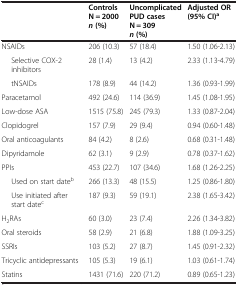
<table><thead><tr><td></td><td><b>Controls N = 2000<i>n</i>(%)</b></td><td><b>Uncomplicated PUD cases N = 309<i>n</i>(%)</b></td><td><b>Adjusted OR (95% CI)<sup>a</sup></b></td></tr></thead><tbody><tr><td>NSAIDs</td><td>206 (10.3)</td><td>57 (18.4)</td><td>1.50 (1.06-2.13)</td></tr><tr><td>Selective COX-2 inhibitors</td><td>28 (1.4)</td><td>13 (4.2)</td><td>2.33 (1.13-4.79)</td></tr><tr><td>tNSAIDs</td><td>178 (8.9)</td><td>44 (14.2)</td><td>1.36 (0.93-1.99)</td></tr><tr><td>Paracetamol</td><td>492 (24.6)</td><td>114 (36.9)</td><td>1.45 (1.08-1.95)</td></tr><tr><td>Low-dose ASA</td><td>1515 (75.8)</td><td>245 (79.3)</td><td>1.33 (0.87-2.04)</td></tr><tr><td>Clopidogrel</td><td>157 (7.9)</td><td>29 (9.4)</td><td>0.94 (0.60-1.48)</td></tr><tr><td>Oral anticoagulants</td><td>84 (4.2)</td><td>8 (2.6)</td><td>0.68 (0.31-1.48)</td></tr><tr><td>Dipyridamole</td><td>62 (3.1)</td><td>9 (2.9)</td><td>0.78 (0.37-1.62)</td></tr><tr><td>PPIs</td><td>453 (22.7)</td><td>107 (34.6)</td><td>1.68 (1.26-2.25)</td></tr><tr><td>Used on start date<sup>b</sup></td><td>266 (13.3)</td><td>48 (15.5)</td><td>1.25 (0.86-1.80)</td></tr><tr><td>Use initiated after start date<sup>c</sup></td><td>187 (9.3)</td><td>59 (19.1)</td><td>2.38 (1.65-3.42)</td></tr><tr><td>H<sub>2</sub>RAs</td><td>60 (3.0)</td><td>23 (7.4)</td><td>2.26 (1.34-3.82)</td></tr><tr><td>Oral steroids</td><td>58 (2.9)</td><td>21 (6.8)</td><td>1.88 (1.09-3.25)</td></tr><tr><td>SSRIs</td><td>103 (5.2)</td><td>27 (8.7)</td><td>1.45 (0.91-2.32)</td></tr><tr><td>Tricyclic antidepressants</td><td>105 (5.3)</td><td>19 (6.1)</td><td>1.03 (0.61-1.74)</td></tr><tr><td>Statins</td><td>1431 (71.6)</td><td>220 (71.2)</td><td>0.89 (0.65-1.23)</td></tr></tbody></table>